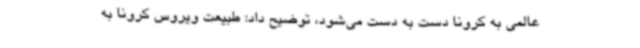
عالمی به کرونا دست به دست می‌شود، توضیح داد: طبیعت ویروس کرونا به